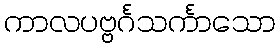
ကာလပဗ္ဗင်္ဂသင်္ကာသော